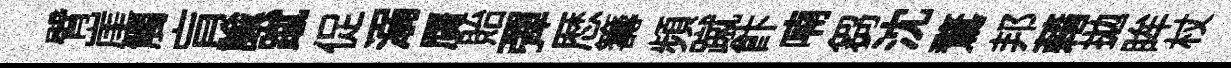
臂崖觸肓諭蹴促溺贋貽彈厯籌頻蹴飰喃芻沈鶩邦藉拋眸杖